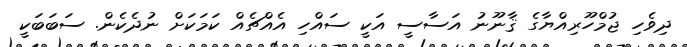
ދިވެހި ޖުމްހޫރިއްޔާގެ ޤާނޫނު އަސާސީ އަކީ ސައްހި އެއްޗެއް ކަމަކަށް ނުދެކެން. ސަބަބަކީ